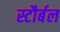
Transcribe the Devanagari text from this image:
स्टौर्बल